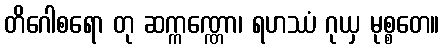
တိဂေါစရော တု ဆက္ကဏ္ဏော၊ ရဟဿံ ဂုယှ မုစ္စတေ။